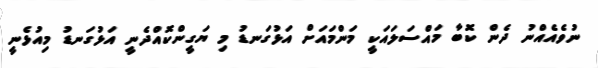
ނުވެއެއްނު ދެން ކޮބާ މައްސަލައަކީ މަންމައަށް އަޅުގަނޑު މި ޔަގީންކޮއްދެނީ އަޅުގަނޑު މިއުޅެނީ